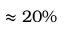
\approx 2 0 \%